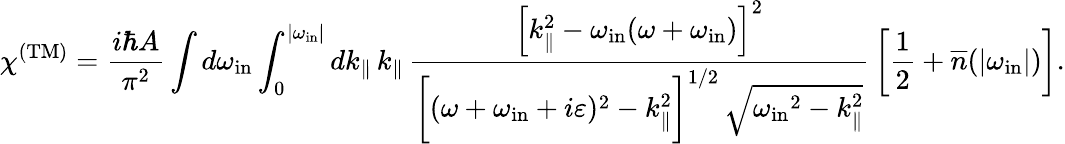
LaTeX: \chi^{\mathrm{(TM)}}={\frac{i\hbar A}{\pi^{2}}}\int d\omega_{\mathrm{in}}\int_{0}^{|\omega_{\mathrm{in}}|}dk_{\| }\, k_{\| }\, \frac{\left[k_{\| }^{2}-\omega_{\mathrm{in}}(\omega+\omega_{\mathrm{in}})\right]^{2}}{\biggl[(\omega+\omega_{\mathrm{in}}+i\varepsilon)^{2}-k_{\| }^{2}\biggr]^{1/2}\, \sqrt{{\omega_{\mathrm{in}}}^{2}-k_{\| }^{2}}}\, \left[{\frac{1}{2}}+{\overline{{n}}}(|\omega_{\mathrm{in}}|)\right].